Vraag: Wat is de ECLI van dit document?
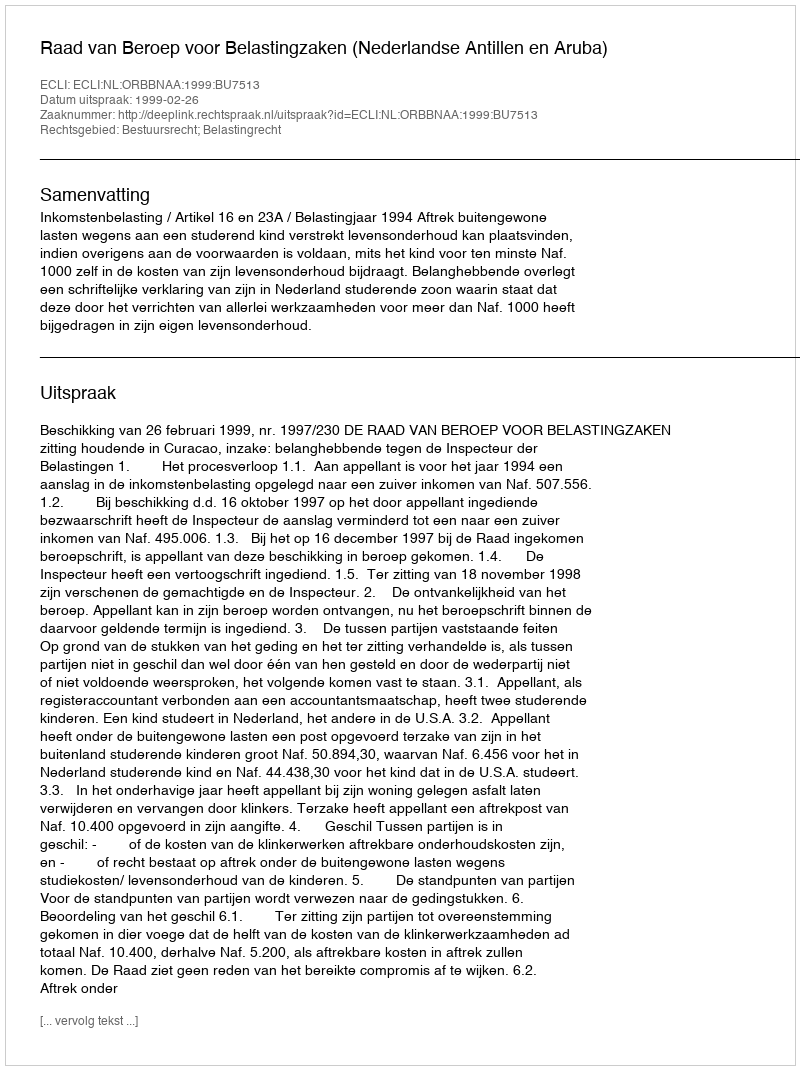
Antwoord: ECLI:NL:ORBBNAA:1999:BU7513